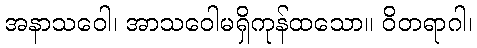
အနာသဝေါ၊ အာသဝေါမရှိကုန်ထသော။ ဝိတရာဂါ၊